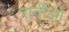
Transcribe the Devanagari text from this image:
रानीओ